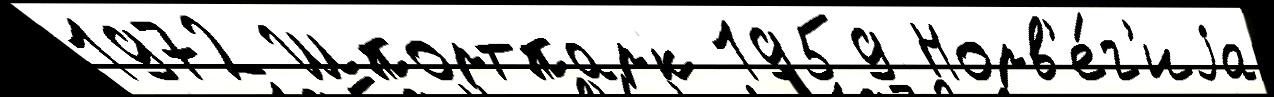
1972 Шпортпарк 1959 Норв'е́г'иjа